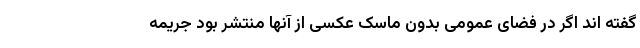
گفته اند اگر در فضای عمومی بدون ماسک عکسی از آنها منتشر بود جریمه